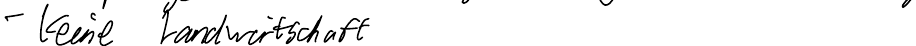
- keine Landwirtschaft